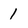
Character: 1